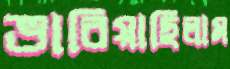
ভাবিয়াছিলাম